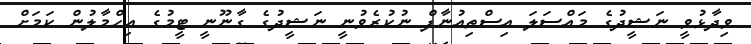
ވިދާޅުވީ ނަޝީދުގެ މައްސަލަ އިސްތިއުނާފް ނުކުރެވުނީ ނަޝީދުގެ ގާނޫނީ ޓީމުގެ އިހްމާލުން ކަމަށް